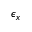
\epsilon _ { x }